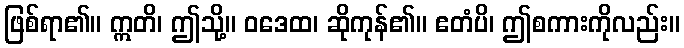
ဖြစ်ရာ၏။ ဣတိ၊ ဤသို့။ ဝဒေထ၊ ဆိုကုန်၏။ ဧတံပိ၊ ဤစကားကိုလည်း။